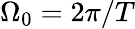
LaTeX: \Omega_{0}=2\pi/T